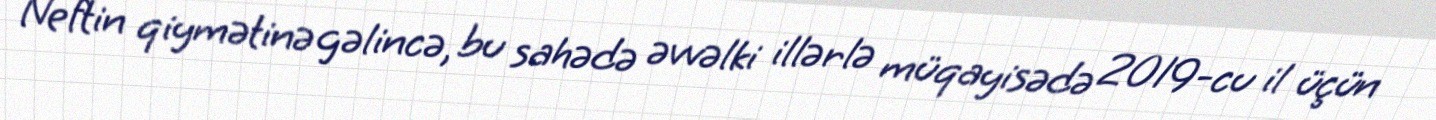
Neftin qiymətinə gəlincə, bu sahədə əvvəlki illərlə müqayisədə 2019-cu il üçün